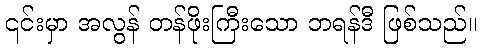
၎င်းမှာ အလွန် တန်ဖိုးကြီးသော ဘရန်ဒီ ဖြစ်သည်။